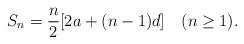
LaTeX: \begin{align*}S_n = \frac{n}{2}[2a+ (n-1)d] \quad(n\geq1).\end{align*}